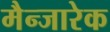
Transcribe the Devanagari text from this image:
मैन्जारेक